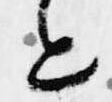
と